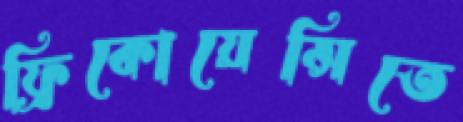
ফ্রিকোয়েন্সিতে